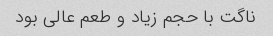
ناگت با حجم زیاد و طعم عالی بود